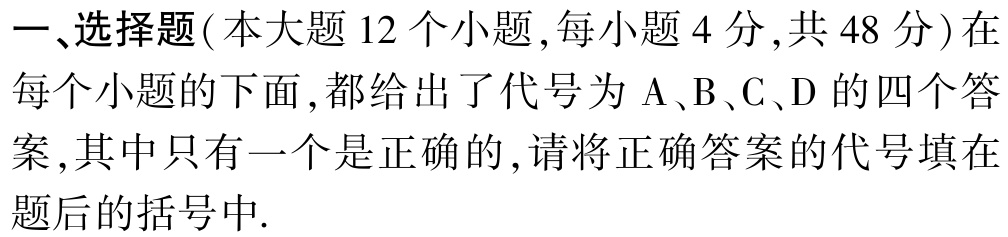
一、选择题(本大题 12 个小题,每小题 4 分,共 48 分)在每个小题的下面,都给出了代号为 A、B、C、D 的四个答案,其中只有一个是正确的,请将正确答案的代号填在题后的括号中.